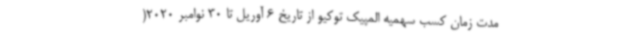
مدت زمان کسب سهمیه المپیک توکیو از تاریخ 6 آوریل تا 30 نوامبر 2020(